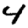
Digit: 4